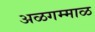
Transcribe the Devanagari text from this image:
अळगम्माळ